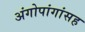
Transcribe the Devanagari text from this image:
अंगोपांगांसह